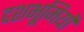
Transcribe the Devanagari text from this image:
दशभूमियों